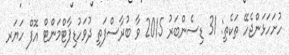
ހުށަހަޅަންޖެހޭ ތަކެތި: 31 ޑިސެންބަރު 2015 ވާ ބުރާސްފަތި ދުވަހުޑިޕާޓްމަންޓް އޮފް ހަޔަރ